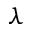
\lambda